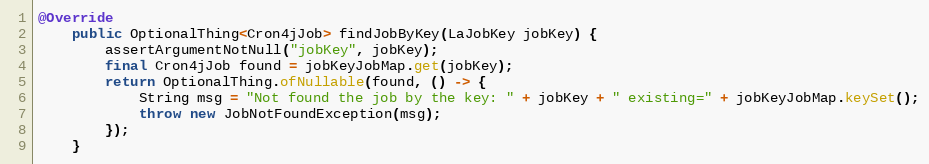
Language: Java
@Override
    public OptionalThing<Cron4jJob> findJobByKey(LaJobKey jobKey) {
        assertArgumentNotNull("jobKey", jobKey);
        final Cron4jJob found = jobKeyJobMap.get(jobKey);
        return OptionalThing.ofNullable(found, () -> {
            String msg = "Not found the job by the key: " + jobKey + " existing=" + jobKeyJobMap.keySet();
            throw new JobNotFoundException(msg);
        });
    }